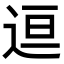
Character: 𬨤